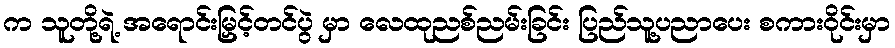
က သူတို့ရဲ့ အရောင်းမြှင့်တင်ပွဲ မှာ လေထုညစ်ညမ်းခြင်း ပြည်သူ့ပညာပေး စကားဝိုင်းမှာ